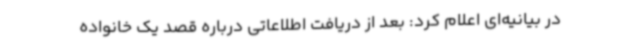
در بیانیه‌ای اعلام کرد: بعد از دریافت اطلاعاتی درباره قصد یک خانواده